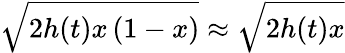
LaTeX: \sqrt{2h(t)x\left(1-x\right)}\approx\sqrt{2h(t)x}